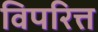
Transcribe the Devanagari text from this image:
विपरित्त